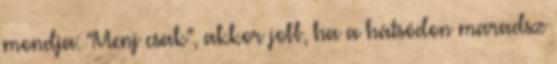
mondja: "Menj csak", akkor jobb, ha a hátsódon maradsz